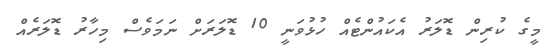
މީގެ ކުރިން ޑޮލަރު އެކައުންޓެއް ހުޅުވަނީ 10 ޑޮލަރަށް ނަމަވެސް މިހާރު ޑޮލަރެއް